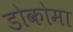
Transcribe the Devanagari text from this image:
डोकोमा